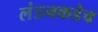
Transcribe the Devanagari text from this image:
लंडनकडेच